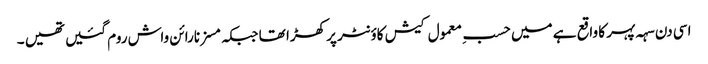
اسی دن سہہ پہر کا واقع ہے میں حسبِ معمول کیش کاؤنٹر پر کھڑا تھا جبکہ مسز نارائن واش روم گئیں تھیں ۔